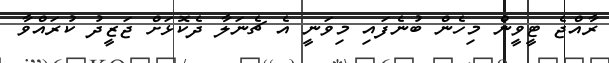
ރާއްޖެ ޓީވީން މިހެން ބުނެފައި މިވަނީ އެ ޗެނަލާ ދެކޮޅަށް ޖަޒީދު ކުރައްވާ